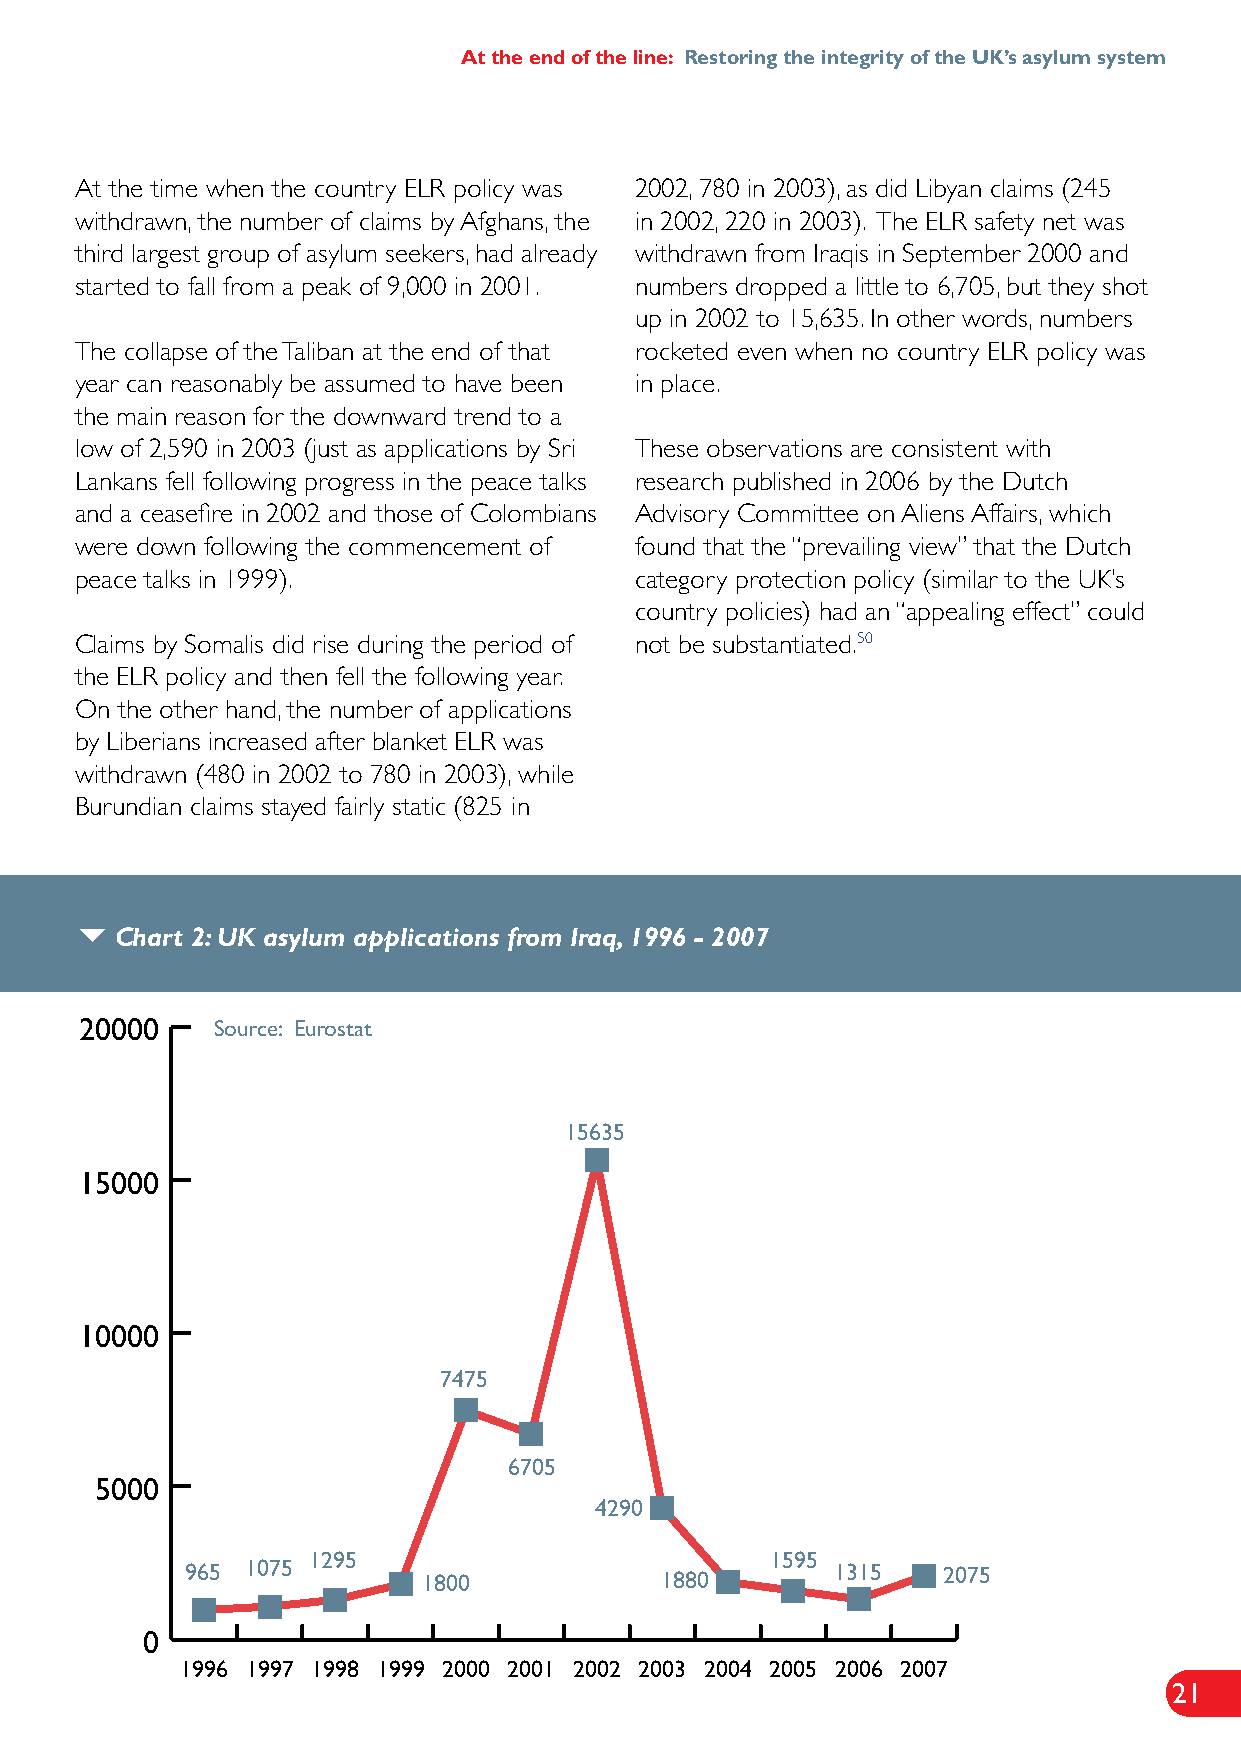
At the end of the line: Restoring the integrity of the UK’s asylum system
 At the time when the country ELR policy was 2002, 780 in 2003), as did Libyan claims (245
 withdrawn, the number of claims by Afghans, the in 2002, 220 in 2003). The ELR safety net was
 third largest group of asylum seekers, had already withdrawn from Iraqis in September 2000 and
 started to fall from a peak of 9,000 in 2001. numbers dropped a little to 6,705, but they shot
 up in 2002 to 15,635. In other words, numbers
 The collapse of the Taliban at the end of that rocketed even when no country ELR policy was
 year can reasonably be assumed to have been in place.
 the main reason for the downward trend to a
 low of 2,590 in 2003 (just as applications by Sri These observations are consistent with
 Lankans fell following progress in the peace talks research published in 2006 by the Dutch
 and a ceasefire in 2002 and those of Colombians Advisory Committee on Aliens Affairs, which
 were down following the commencement of found that the “prevailing view” that the Dutch
 peace talks in 1999).                category protection policy (similar to the UK’s
 country policies) had an “appealing effect” could
 Claims by Somalis did rise during the period of not be substantiated.50
 the ELR policy and then fell the following year.
 On the other hand, the number of applications
 by Liberians increased after blanket ELR was
 withdrawn (480 in 2002 to 780 in 2003), while
 Burundian claims stayed fairly static (825 in
 
 Chart 2: UK asylum applications from Iraq, 1996 - 2007
 20000    Source: Eurostat
 15635
 15000
 10000
 7475
 6705
 5000
 4290
 1295                           1595
 965 1075        1800            1880       1315   2075
 0
 1996 1997 1998 1999 2000 2001 2002 2003 2004 2005 2006 2007
 21